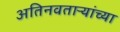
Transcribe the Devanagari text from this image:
अतिनवताऱ्यांच्या